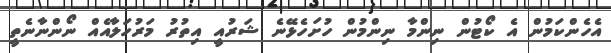
އެހެންކަމުން އެ ކޯޓުން ނިންމާ ނިންމުން ހުށަހެޅޭނެ ޝަރުއީ އިތުރު މަރުހަލާއެއް ނޯންނާނެތީ